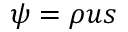
\psi = \rho u s